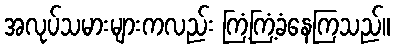
အလုပ်သမားများကလည်း ကြံ့ကြံ့ခံနေကြသည်။